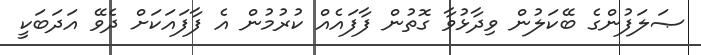
ޞަލަފުންގެ ބޭކަލުން ވިދާޅުވާ ގޮތުން ފާފައެއް ކުރުމުން އެ ފާފައަކަށް ދެވޭ އަދަބަކީ